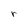
Character: r